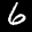
Digit: 6